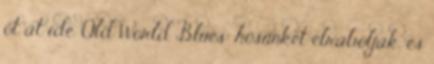
őt át ide. Old World Blues: hősünket elrabolják, és